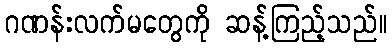
ဂဏန်းလက်မတွေကို ဆန့်ကြည့်သည်။